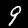
Digit: 9